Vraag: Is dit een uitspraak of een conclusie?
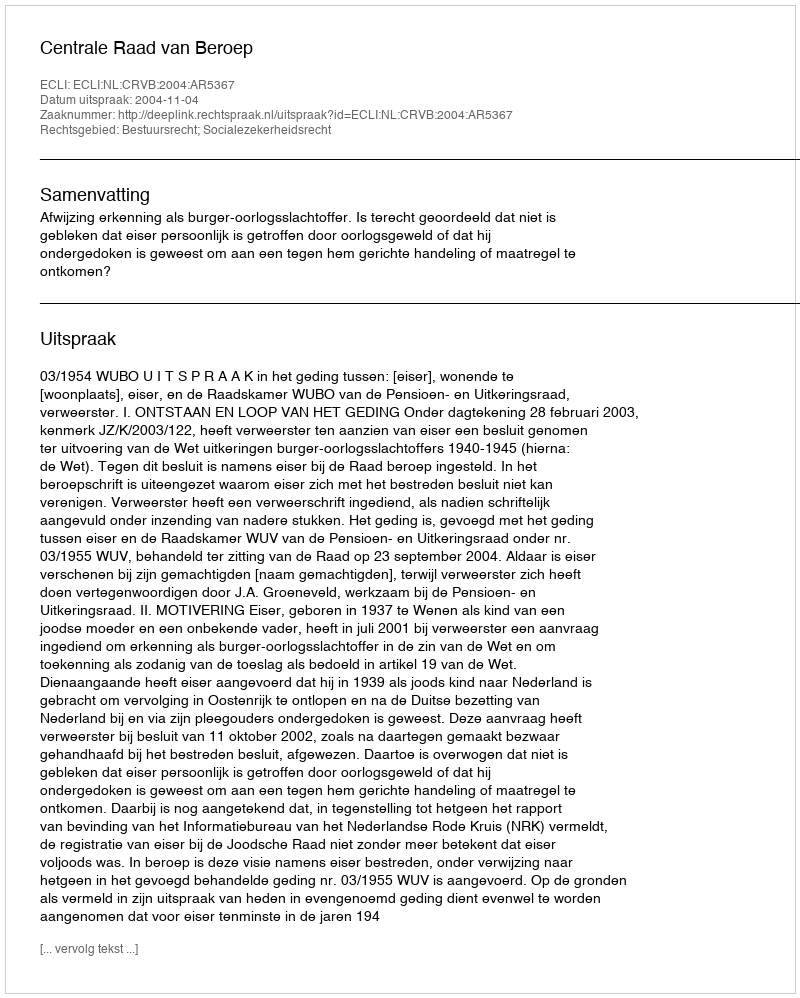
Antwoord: Uitspraak